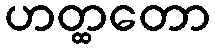
ဟတ္ထတော